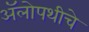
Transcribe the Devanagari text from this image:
अॅलोपथीचे